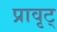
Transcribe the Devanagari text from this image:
प्रावृट्